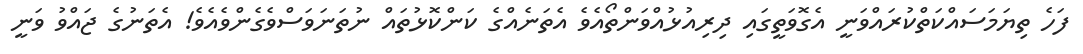
ފަހެ ތިޔަމަސައްކަތްކުރައްވަނީ އެގޮވަތީގައި ދިރިއުޅުއްވަންތޯއެވެ އެތަނެއްގެ ކަންކޮޅުތައް ނުތަނަވަސްވެގެންވެއެވެ! އެތަނުގެ ޖައްވު ވަނީ